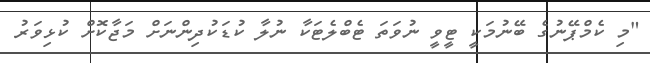
"މި ކެމްޕޭނުގެ ބޭނުމަކީ ޓީވީ ނުވަތަ ޓެބްލެޓަކާ ނުލާ ކުޑަކުދިންނަށް މަޖާކޮށް ކުޅިވަރު